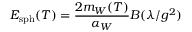
E _ { \mathrm { s p h } } ( T ) = \frac { 2 m _ { W } ( T ) } { \alpha _ { W } } B ( \lambda / g ^ { 2 } )